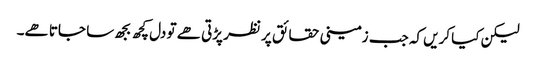
لیکن کیا کریں کہ جب زمینی حقائق پر نظر پڑتی ھے تو دل کچھ بجھ سا جاتا ھے۔